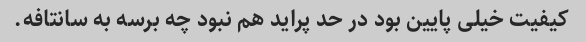
کیفیت خیلی پایین بود در حد پراید هم نبود چه برسه به سانتافه.